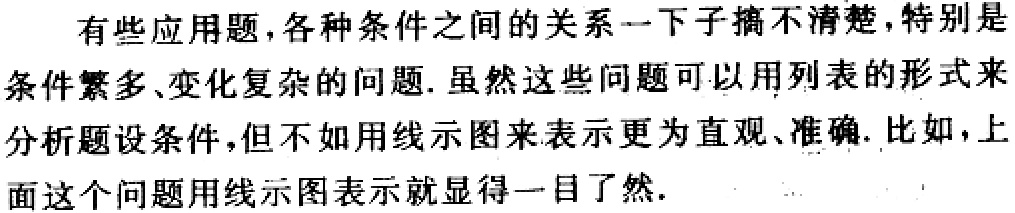
有些应用题,各种条件之间的关系一下子搞不清楚,特别是条件繁多、变化复杂的问题. 虽然这些问题可以用列表的形式来分析题设条件,但不如用线示图来表示更为直观、准确. 比如,上面这个问题用线示图表示就显得一目了然.